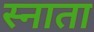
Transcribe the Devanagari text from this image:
स्नाता